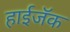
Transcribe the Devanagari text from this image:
हाईजॅक